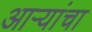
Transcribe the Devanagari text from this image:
आऱ्यांचा